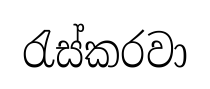
රැස්කරවා